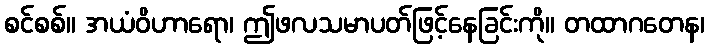
စင်စစ်။ အယံဝိဟာရော၊ ဤဖလသမာပတ်ဖြင့်နေခြင်းကို။ တထာဂတေန၊